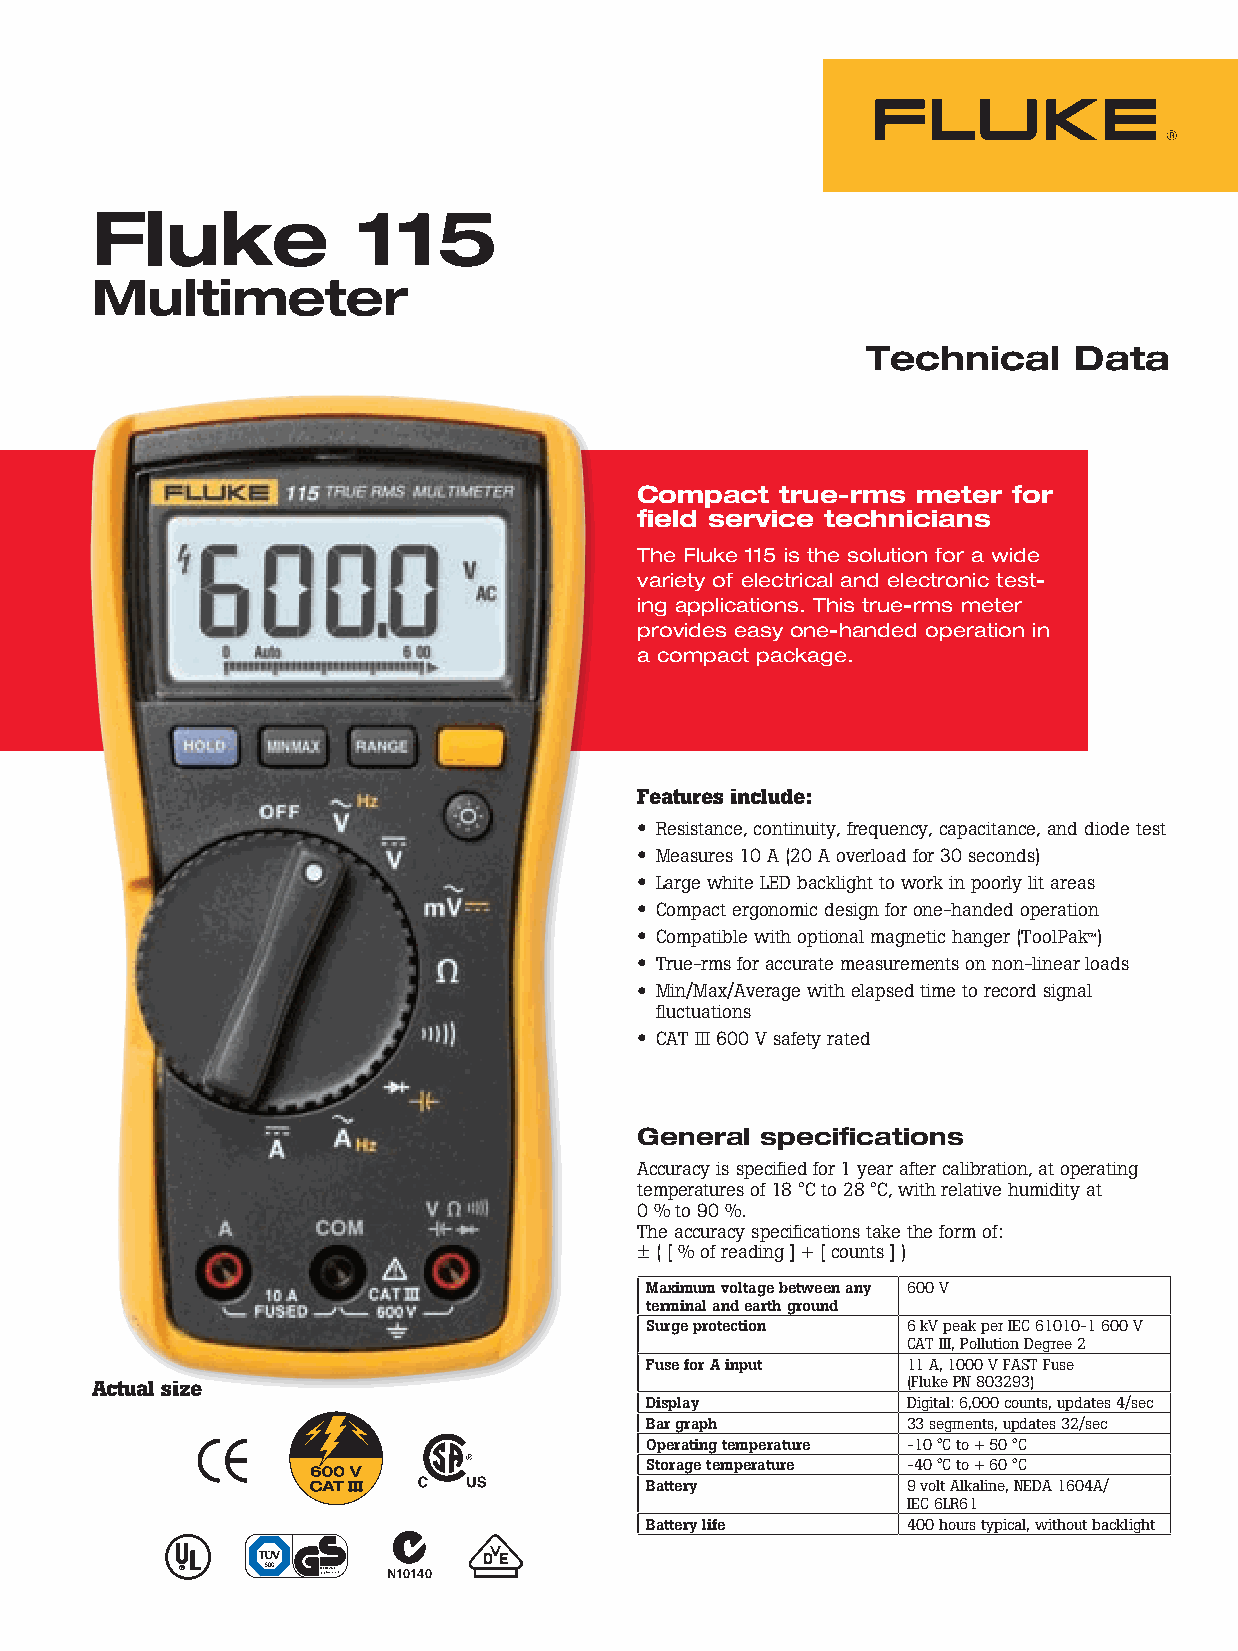
Fluke             115
 Multimeter
 Technical     Data
 Compact   true-rms meter for
 field service technicians
 The Fluke 115 is the solution for a wide
 variety of electrical and electronic test-
 ing applications. This true-rms meter
 provides easy one-handed operation in
 a compact package.
 Features include:
 • Resistance, continuity, frequency, capacitance, and diode test
 • Measures 10 A (20 A overload for 30 seconds)
 • Large white LED backlight to work in poorly lit areas
 • Compact ergonomic design for one-handed operation
 • Compatible with optional magnetic hanger (ToolPak™)
 • True-rms for accurate measurements on non-linear loads
 • Min/Max/Average with elapsed time to record signal
 fluctuations
 • CAT III 600 V safety rated
 General specifications
 Accuracy is specified for 1 year after calibration, at operating
 temperatures of 18 °C to 28 °C, with relative humidity at
 0 % to 90 %.
 The accuracy specifications take the form of:
 ± ( [ % of reading ] + [ counts ] )
 Maximum voltage between any 600 V
 terminal and earth ground
 Surge protection 6 kV peak per IEC 61010-1 600 V
 CAT III, Pollution Degree 2
 Fuse for A input 11 A, 1000 V FAST Fuse
 Actual size                                           (Fluke PN 803293)
 Display          Digital: 6,000 counts, updates 4/sec
 Bar graph        33 segments, updates 32/sec
 Operating temperature -10 °C to + 50 °C
 Storage temperature -40 °C to + 60 °C
 Battery          9 volt Alkaline, NEDA 1604A/
 IEC 6LR61
 Battery life     400 hours typical, without backlight
 R             N10140